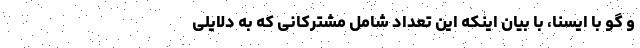
و گو با ایسنا، با بیان اینکه این تعداد شامل مشترکانی که به دلایلی